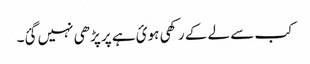
کب سے لے کے رکھی ہوئ ہے پر پڑھی نہیں گئ۔